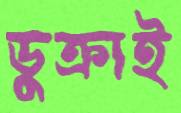
ডুক্‌রাই